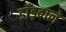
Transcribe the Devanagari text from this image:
डाँड़वाले